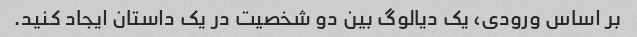
بر اساس ورودی، یک دیالوگ بین دو شخصیت در یک داستان ایجاد کنید.